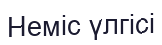
Неміс үлгісі